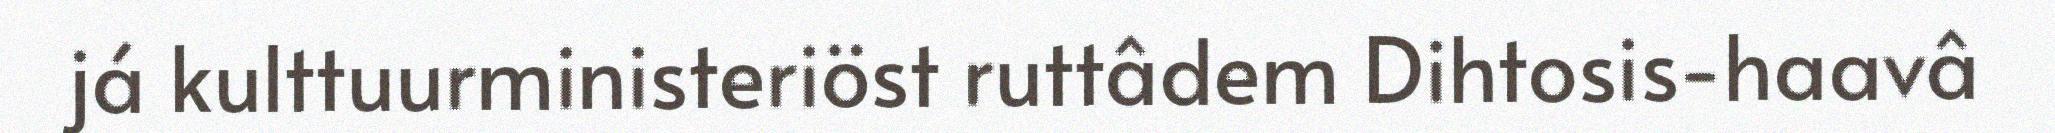
já kulttuurministeriöst ruttâdem Dihtosis-haavâ